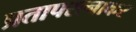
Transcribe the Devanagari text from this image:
प्रतापरत्नाकर